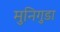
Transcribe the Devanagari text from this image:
मुनिगुडा